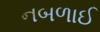
નબળાઈ